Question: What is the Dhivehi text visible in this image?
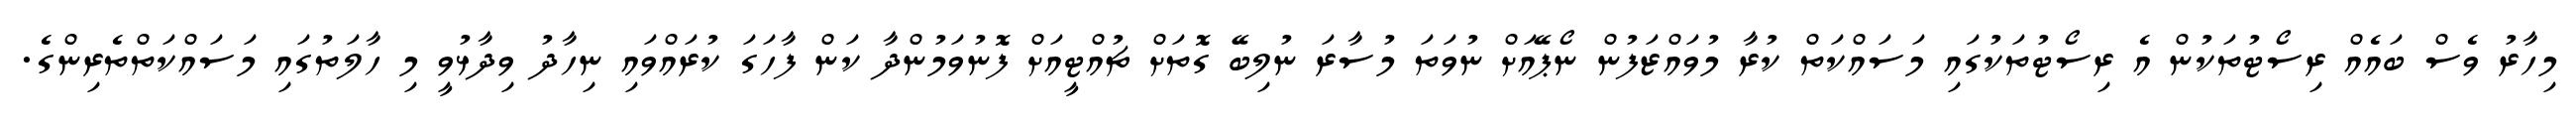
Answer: މިހާރު ވެސް ބައެއް ރިސޯޓުތަކުން އެ ރިސޯޓުތަކުގައި މަސައްކަތް ކުރާ މުވައްޒަފުން ނޯޕޭއަށް ނުވަތަ މުސާރަ ނުލިބޭ ގޮތަށް ޗުއްޓީއަށް ފޮނުވަމުންދާ ކަން ފާހަގަ ކުރައްވައި ނިހާދު ވިދާޅުވީ މި ހާލަތުގައި މަސައްކަތްތެރިންގެ.